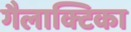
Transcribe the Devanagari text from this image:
गैलाक्टिका